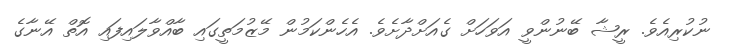
ނުކުރިއެވެ. ރީޝާ ބޭނުންވީ އަވަހަށް ގެއަށްދާށެވެ. އެހެންކަމުން މޭޒުމަތީގައި ބާއްވާލައިފައި އޮތް އޭނާގެ